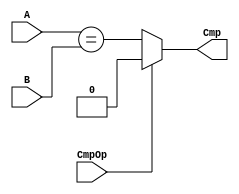
`timescale 1ns / 1ps
/*
1.pcbeqpc+8pc+4
*/
module CMP(CmpOp,A,B,Cmp);
	input CmpOp;
	input [31:0] A;
	input [31:0] B;
	output Cmp;
	
	assign Cmp = (CmpOp == 0)?(A==B):0;			// beq
					 
endmodule


module NPC(Cmp,nPc_Sel,Im32,Im26,Pc4,RegPc,Pc_Update);
	input Cmp;						// 
	input [2:0] nPc_Sel;			// 
	input [31:0] Im32;			// for branch
	input [25:0] Im26;			// for j, jal,
	input [31:0] Pc4;				// for j,jal
	input [31:0] RegPc;			// for jr
	output reg [31:0] Pc_Update;
	
	always @(*)begin
		case(nPc_Sel)
			0:							// branch
				Pc_Update = (Cmp)?(Pc4+(Im32<<2)):Pc4+4;							// debug!!!!!!!: cpubeqpc+8pc+4
			1:							// j&jal
				Pc_Update = {Pc4[31:28],Im26[25:0],2'b00};
			2:							// jr
				Pc_Update = RegPc;
			default:
				Pc_Update = Pc4;
		endcase
	end
endmodule